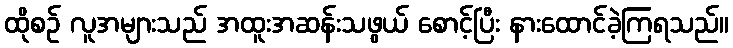
ထိုစဉ် လူအများသည် အထူးအဆန်းသဖွယ် စောင့်ပြီး နားထောင်ခဲ့ကြရသည်။